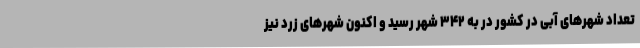
تعداد شهرهای آبی در کشور در به ۳۴۲ شهر رسید و اکنون شهرهای زرد نیز